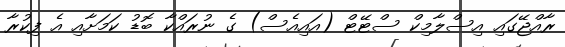
ރާއްޖޭގައި އިސްލާމިކް ސްޓޭޓް (އައިއެސް) ގެ ނުރައްކާ ބޮޑު ކަމަށާއި އެ ފިކުރާ